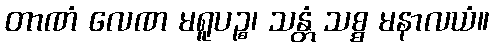
တာဏံ လေဏ မရူပဉ္စ၊ သန္တံ သစ္စ မနာလယံ။